system: You are a helpful assistant.
user:
Analyze the provided spectrum to determine if it is a **M-type Giant (gM)**.

A M-type Giant spectrum is defined by its **strong molecular absorption** features, particularly from **Titanium Oxide (TiO)**. You must check for one of the following mutually exclusive signatures:

- **Key Visual Indicators (Absorption-Dominated Spectrum):**

    - **(Primary):** The spectrum is dominated by strong molecular absorption from **Titanium Oxide (TiO)**. This is the **defining feature** of its M-type temperature class.
        - **(Key Bandheads):** Look for sharp, "saw-tooth" absorption valleys. The strongest are located near **~7050 Å**, **~6160 Å**, and **~5170 Å**.
        - **(Line Profile):** The "saw-tooth" morphology is critical: a **sharp, steep drop on the BLUE (short-wavelength) side** of the bandhead, followed by a gradual recovery (rising flux) towards the RED (long-wavelength) side.

    - **(Key Confirmation - Giant vs. Dwarf):** **ABSENCE** of strong **Calcium Hydride (CaH)** molecular bands. This is the primary diagnostic for *excluding* M-dwarfs.
        - **(Key Region):** The spectrum should lack the strong, broad absorption band seen in dwarfs between **~6800 Å and ~7000 Å**.

    - **(Secondary Confirmation - Giant):** A very strong and broad **Neutral Calcium (Ca I)** atomic absorption line.
        - **(Key Line):** Located at **~4226 Å**. In a giant (gM), this line is significantly deeper and broader than the same line in an M-dwarf (dM) due to low surface gravity.

    - **(Overall Spectrum):**
        - The continuum is **extremely red-sloping** (i.e., flux is very low in the blue and rises dramatically towards the red).
        - The entire spectrum appears "chopped up" by the deep TiO bands.

Think first, call **spectral_visualization_tool** if needed to examine features in detail, then provide your final answer. Your response must adhere to the following strict rules:
1.  **Overall Structure:** Your response must follow the format `<think>...</think> <tool_call>...</tool_call> (if a tool is used) <answer>...</answer>`.
2.  **Tool Usage Constraint:** You may only make **one** tool call per turn.
3.  **Final Answer Format:** In the `<answer>` tag, your conclusion must be inside a `\boxed{}` command (e.g., `\boxed{YES}` or `\boxed{NO}`), followed by your justification.

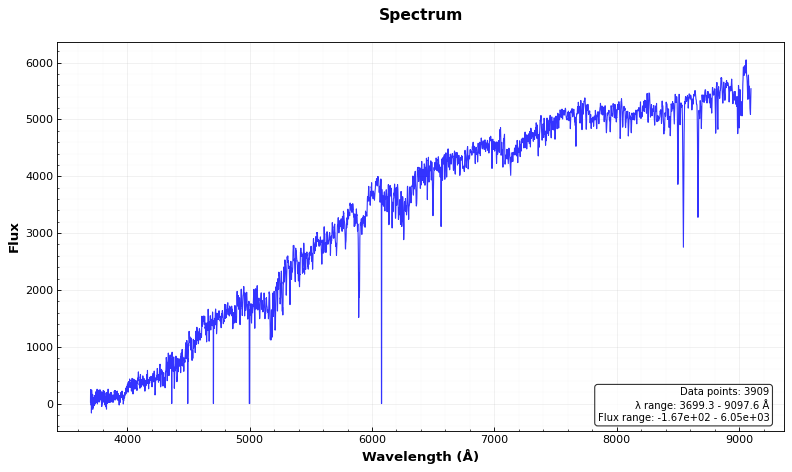
Answer: YES